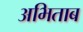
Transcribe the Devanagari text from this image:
अभिताब